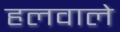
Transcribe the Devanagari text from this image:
हलवाले